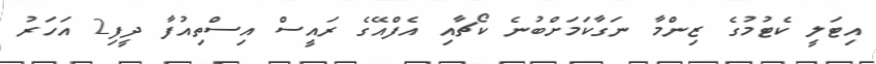
އިޓަލީ ކެޓުމުގެ ޒިންމާ ނަގާކަމަށްބުނެ ކޯޗާއި އެފްއޭގެ ރައީސް އިސްތިއުފާ ދީފި2 އަހަރު